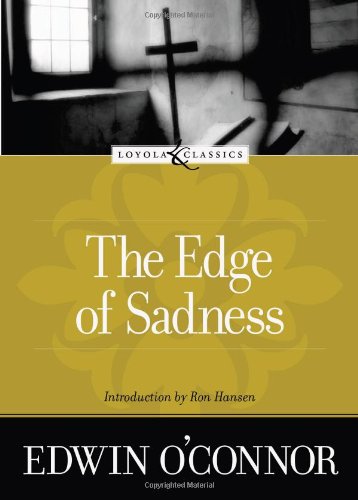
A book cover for The Edge of Sadness (Loyola Classics); Edwin O'Connor; Christian Books & Bibles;